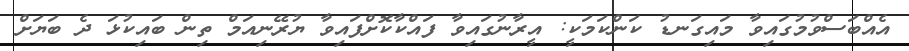
އެއްބަސްވުމުގައިވާ މައިގަނޑު ކަންކަމަކީ: އީރާނުގައިވާ ފައްކާކޮށްފައިވާ ޔުރޭނިއަމް ތިން ބައިކުޅަ ދެ ބަޔަށް